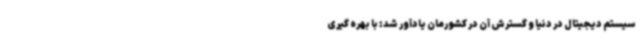
سیستم دیجیتال در دنیا و گسترش آن در کشورمان یادآور شد: با بهره گیری